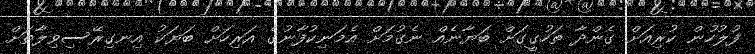
ފުލުހުން ކުރިއަށް ގެންދާ ތަހުގީގަށް ބަޔާނެއް ނެގުމަށް އެމަނިކުފާނުގެ އަރިހަށް ބަޔަކު އިނގިރޭސިވިލާތަށް